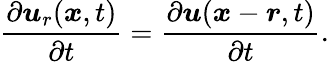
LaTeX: \frac{\partial\boldsymbol u_{r}(\boldsymbol x,t)}{\partial t}=\frac{\partial\boldsymbol u(\boldsymbol x-\boldsymbol r,t)}{\partial t}.